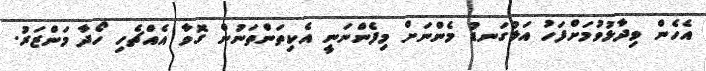
އެހެން ވިދާޅުވުމަށްފަހު އަޅުގަނޑު މެންނަށް މިފެންނަނީ އެކިތަންތަނުން ގޮވާ އެއްޗެހި ހޯދާ މަންޒަރު.